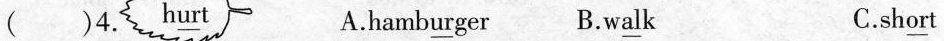
( )4. h\underline{ur}t A.hamb\underline{ur}ger B.w\underline{al}k C.sh\underline{or}t